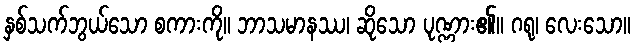
နှစ်သက်ဘွယ်သော စကားကို။ ဘာသမာနဿ၊ ဆိုသော ပုဏ္ဏား၏။ ဂရု၊ လေးသော။